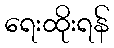
ရေးထိုးရန်